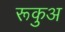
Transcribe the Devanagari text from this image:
रूकुअ